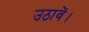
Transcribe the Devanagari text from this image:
उठावें।